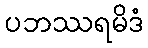
ပဘဿရမိဒံ